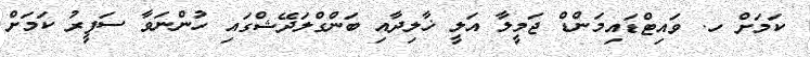
ކަމަށް ހ. ވައިޓްޑައިމަންޑް ޖަމީލާ އަލީ ޚާލިދާއި ބަންގްލަދޭޝްގައި ހުންނަވާ ސަފީރު ކަމަށް